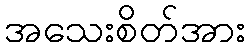
အသေးစိတ်အား